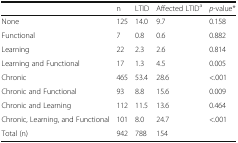
|  | n | LTID | Affected LTIDa | p-value* |
 | --- | --- | --- | --- | --- |
 | None | 125 | 14.0 | 9.7 | 0.158 |
 | Functional | 7 | 0.8 | 0.6 | 0.882 |
 | Learning | 22 | 2.3 | 2.6 | 0.814 |
 | Learning and Functional | 17 | 1.3 | 4.5 | 0.005 |
 | Chronic | 465 | 53.4 | 28.6 | <.001 |
 | Chronic and Functional | 93 | 8.8 | 15.6 | 0.009 |
 | Chronic and Learning | 112 | 11.5 | 13.6 | 0.464 |
 | Chronic, Learning, and Functional | 101 | 8.0 | 24.7 | <.001 |
 | Total (n) | 942 | 788 | 154 |  |